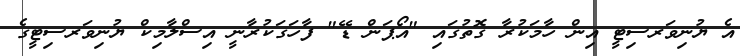
އެ ޔުނިވަރސިޓީ އިން ހާމަކުރާ ގޮތުގައި "އޯޕަން ޑޭ" ފާހަގަކުރާނީ އިސްލާމިކް ޔުނިވަރސިޓީގެ